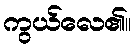
ကွယ်လေ၏။